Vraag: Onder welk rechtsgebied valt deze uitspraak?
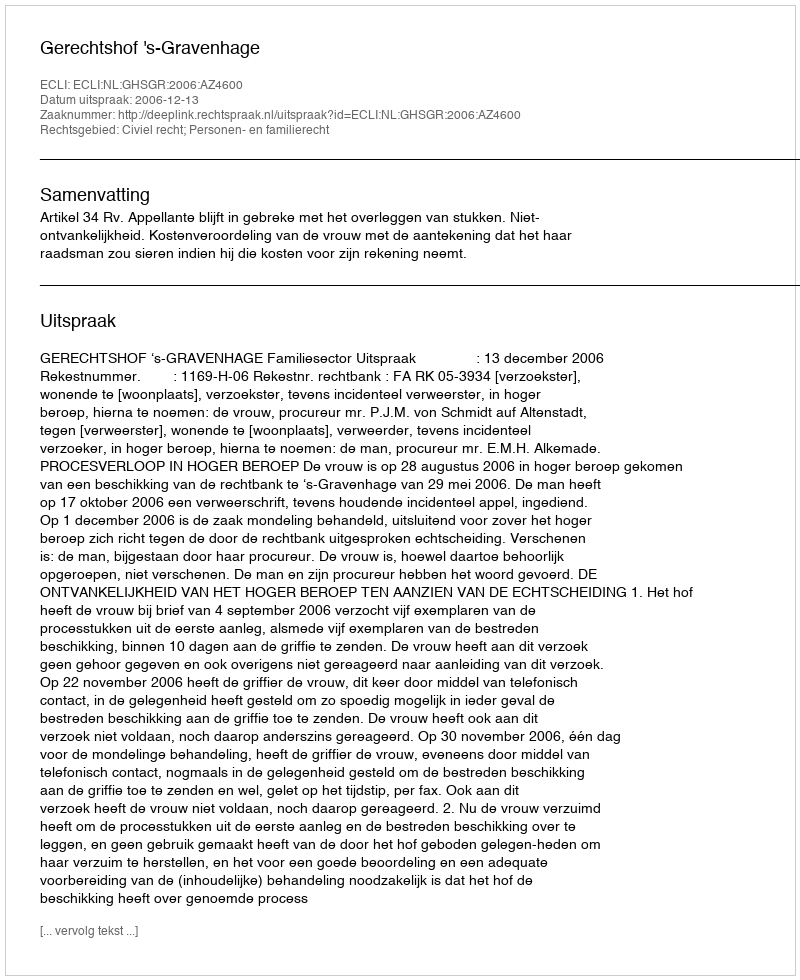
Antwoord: Civiel recht; Personen- en familierecht